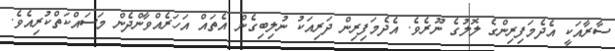
ސާރާއަކީ އެދެމަފިރިންގެ ލޮލުގެ ނޫރެވެ. އެދެމަފިރިން ދަރިއަކު ނުލިބިގެން އެތައް އަހަރެއްވާންދެން މަސައްކަތްކުރިއެވެ.